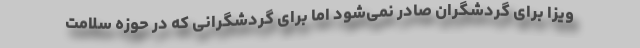
ویزا برای گردشگران صادر نمی‌شود اما برای گردشگرانی که در حوزه سلامت